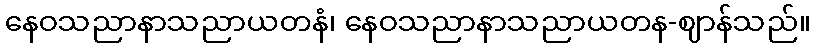
နေဝသညာနာသညာယတနံ၊ နေဝသညာနာသညာယတန-ဈာန်သည်။